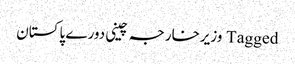
Tagged وزیرخارجہ چینی دورے پاکستان